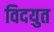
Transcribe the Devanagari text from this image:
विदयुत